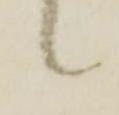
候